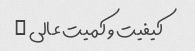
کیفیت و کمیت عالی …